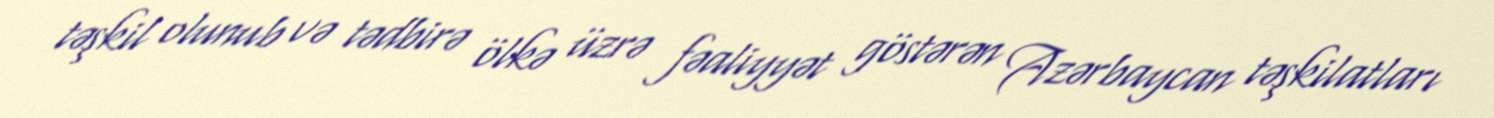
təşkil olunub və tədbirə ölkə üzrə fəaliyyət göstərən Azərbaycan təşkilatları